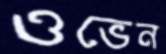
ওভেন